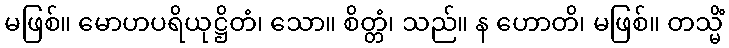
မဖြစ်။ မောဟပရိယုဋ္ဌိတံ၊ သော။ စိတ္တံ၊ သည်။ န ဟောတိ၊ မဖြစ်။ တသ္မိံ